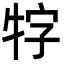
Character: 牸